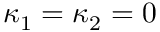
\kappa _ { 1 } = \kappa _ { 2 } = 0